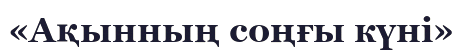
«Ақынның соңғы күні»